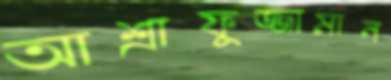
আশ্রাফুজ্জামান